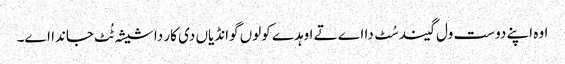
‏ اوہ اپنے دوست ول گیند سُٹ دا اے تے اوہدے کولوں گوانڈیاں دی کار دا شیشہ ٹُٹ جاندا اے۔